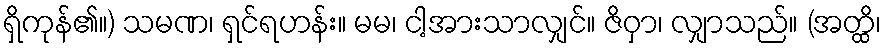
ရှိကုန်၏။) သမဏ၊ ရှင်ရဟန်း။ မမ၊ ငါ့အားသာလျှင်။ ဇိဝှာ၊ လျှာသည်။ (အတ္ထိ၊